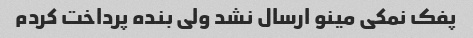
پفک نمکی مینو ارسال نشد ولی بنده پرداخت کردم